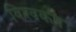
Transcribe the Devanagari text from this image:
विश्‍वकप